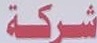
شركة